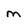
Character: m